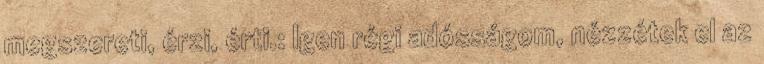
megszereti, érzi, érti.: Igen régi adósságom, nézzétek el az